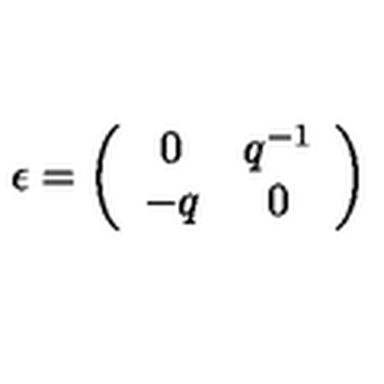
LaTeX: \epsilon = \left( \begin{array} { c c } { 0 } & { q ^ { - 1 } } \\ { - q } & { 0 } \\ \end{array} \right)